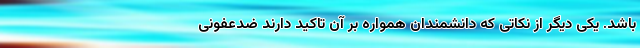
باشد. یکی دیگر از نکاتی که دانشمندان همواره بر آن تاکید دارند ضدعفونی